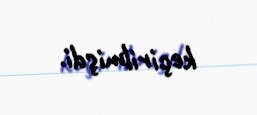
keçirilmişdi.